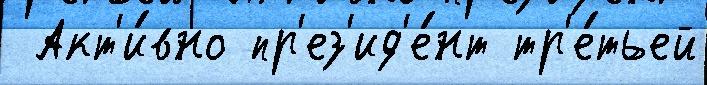
 Акт'и́вно пр'ез'ид'е́нт тр'е́тьей